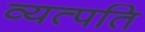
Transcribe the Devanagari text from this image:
व्यत्पति